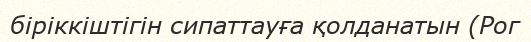
біріккіштігін сипаттауға қолданатын (Рог